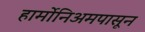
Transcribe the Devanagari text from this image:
हार्मोनिअमपासून